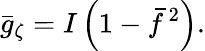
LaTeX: \bar{g}_{\zeta}=I\left(1-\bar{f}\, ^{2}\right).